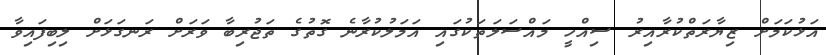
އަޅުކަމަށް ޒިޔާރަތްކުރާއިރު ސިއްހީ މައްސަލަތަކުގައި އަމަލުކުރާނެ ގޮތުގެ ތަޖުރިބާ ވަރަށް ރަނގަޅަށް ލިބިފައިވާ